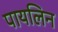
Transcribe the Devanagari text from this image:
पायलिन